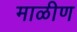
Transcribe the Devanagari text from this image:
माळीण